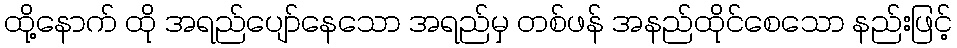
ထို့နောက် ထို အရည်ပျော်နေသော အရည်မှ တစ်ဖန် အနည်ထိုင်စေသော နည်းဖြင့်